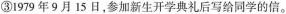
③1979年9月15日，参加新生开学典礼后写给同学的信。